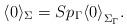
LaTeX: \begin{align*}\langle 0 \rangle_{\Sigma} = Sp_{\Gamma}{\langle 0 \rangle}_{\Sigma_{\Gamma}} .\end{align*}